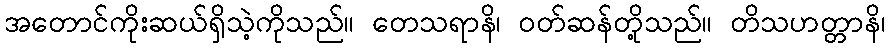
အတောင်ကိုးဆယ်ရှိသဲ့ကိုသည်။ တေသရာနိ၊ ဝတ်ဆန်တို့သည်။ တိသဟတ္တာနိ၊